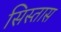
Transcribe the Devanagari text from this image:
सिस्तास